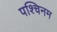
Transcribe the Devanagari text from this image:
पश्चिनम